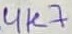
Text: 4K7